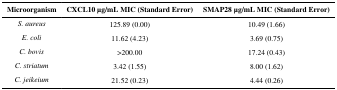
| Microorganism | CXCL10 μg/mL MIC (Standard Error) | SMAP28 μg/mL MIC (Standard Error) |
 | --- | --- | --- |
 | S. aureus | 125.89 (0.00) | 10.49 (1.66) |
 | E. coli | 11.62 (4.23) | 3.69 (0.75) |
 | C. bovis | >200.00 | 17.24 (0.43) |
 | C. striatum | 3.42 (1.55) | 8.00 (1.62) |
 | C. jeikeium | 21.52 (0.23) | 4.44 (0.26) |